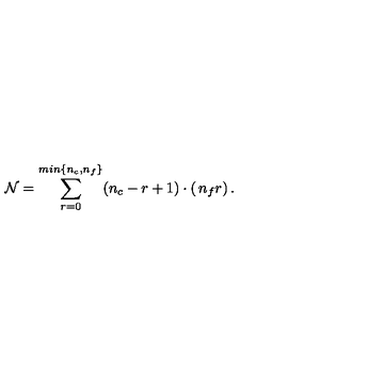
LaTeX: { \cal N } = \sum _ { r = 0 } ^ { m i n \{ n _ { c } , n _ { f } \} } ( n _ { c } - r + 1 ) \cdot \left( \begin{matrix} { n _ { f } } \\ { r } \\ \end{matrix} \right) . \,